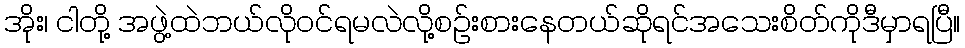
အိုး၊ ငါတို့ အဖွဲ့ထဲဘယ်လိုဝင်ရမလဲလို့စဉ်းစားနေတယ်ဆိုရင်အသေးစိတ်ကိုဒီမှာရပြီ။